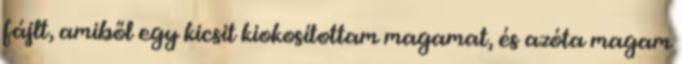
fájlt, amiből egy kicsit kiokosítottam magamat, és azóta magam